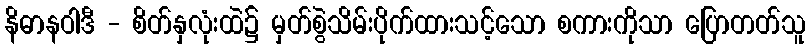
နိဓာနဝါဒီ - စိတ်နှလုံးထဲ၌ မှတ်စွဲသိမ်းပိုက်ထားသင့်သော စကားကိုသာ ပြောတတ်သူ